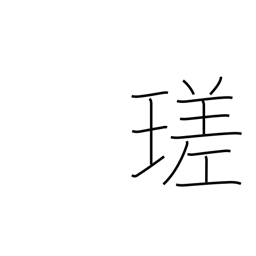
Meaning: brilliant white luster of a gem